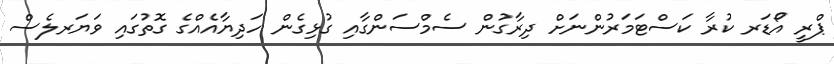
ޕްރީ އޯޑަރ ކުރާ ކަސްޓަމަރުންނަށް ދިރާގުން ސެމްސަންގާއި ގުޅިގެން ހަދިޔާއެއްގެ ގޮތުގައި ވަޔަރލެސް